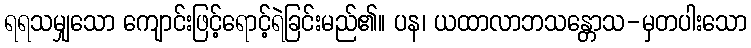
ရရသမျှသော ကျောင်းဖြင့်ရောင့်ရဲခြင်းမည်၏။ ပန၊ ယထာလာဘသန္တောသ-မှတပါးသော